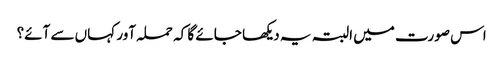
اس صورت میں البتہ یہ دیکھا جائے گا کہ حملہ آور کہاں سے آئے؟